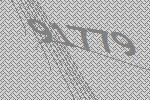
91779